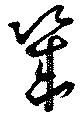
幾